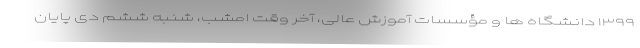
۱۳۹۹ دانشگاه ها و مؤسسات آموزش عالی، آخر وقت امشب، شنبه ششم دی پایان